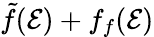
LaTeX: \tilde{f}({\cal E})+f_{f}({\cal E})